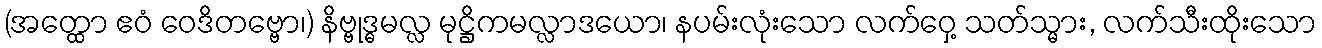
(အတ္ထော ဧဝံ ဝေဒိတဗ္ဗော၊) နိဗ္ဗုဒ္ဓမလ္လ မုဋ္ဌိကမလ္လာဒယော၊ နပမ်းလုံးသော လက်ဝှေ့ သတ်သ္မား, လက်သီးထိုးသော